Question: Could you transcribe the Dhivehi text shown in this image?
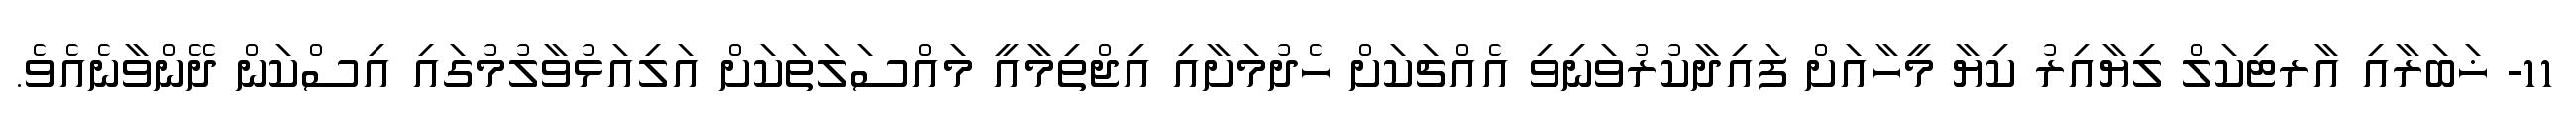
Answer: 11- ޚަބަރާއި އާރޓިކަލް ލިޔާއިރު ކިޔާ މީހާއަށް ފައިދާކުރުވަނިވި އެއްޗަކަށް ހެދުމަށާއި އިޖްތިމާއީ މައްސަލަތަކަށް އަލިއަޅުވާލުމުގައި އިސްކަން ދޭންވާނެއެވެ.